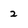
Character: 2